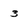
Character: 3